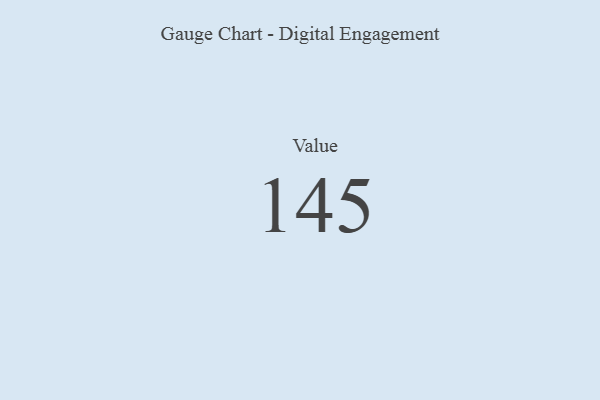
{"axis": {"x": "Metric", "y": "Value"}, "legend": [""], "data": [{"x": "Value", "y": 145, "type": ""}]}